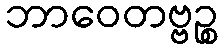
ဘာဝေတဗ္ဗဉ္စ